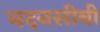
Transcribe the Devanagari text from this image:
बदनसीबी